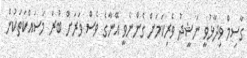
ގާސިމް ވިދާޅުވީ ނަޝީދު ވެރިކަމަށް ގެންނެވީ އޭނާގެ ވެސް ވަރަށް ބުރަ މަސައްކަތަކުން